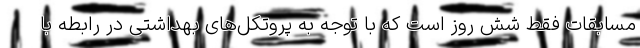
مسابقات فقط شش روز است که با توجه به پروتکل‌های بهداشتی در رابطه با